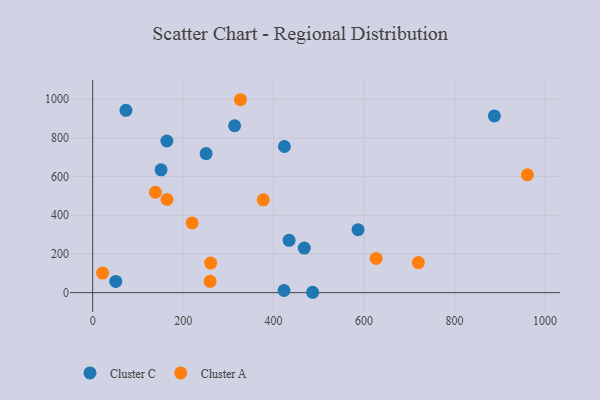
{"axis": {"x": "Ad Spend", "y": "Sales"}, "legend": ["Cluster A", "Cluster C"], "data": [{"x": "423.9", "y": 755.5, "type": "Cluster C"}, {"x": "888.1", "y": 913.8, "type": "Cluster C"}, {"x": "250.8", "y": 719.1, "type": "Cluster C"}, {"x": "51.1", "y": 58.1, "type": "Cluster C"}, {"x": "313.8", "y": 862.8, "type": "Cluster C"}, {"x": "467.8", "y": 230.6, "type": "Cluster C"}, {"x": "486.3", "y": 1.9, "type": "Cluster C"}, {"x": "423.0", "y": 11.0, "type": "Cluster C"}, {"x": "434.3", "y": 270.6, "type": "Cluster C"}, {"x": "151.2", "y": 634.7, "type": "Cluster C"}, {"x": "164.0", "y": 783.8, "type": "Cluster C"}, {"x": "586.7", "y": 325.4, "type": "Cluster C"}, {"x": "73.6", "y": 942.6, "type": "Cluster C"}, {"x": "164.3", "y": 481.4, "type": "Cluster A"}, {"x": "260.9", "y": 152.8, "type": "Cluster A"}, {"x": "377.2", "y": 479.6, "type": "Cluster A"}, {"x": "720.1", "y": 155.2, "type": "Cluster A"}, {"x": "138.7", "y": 519.1, "type": "Cluster A"}, {"x": "22.0", "y": 101.2, "type": "Cluster A"}, {"x": "626.7", "y": 177.0, "type": "Cluster A"}, {"x": "961.1", "y": 609.5, "type": "Cluster A"}, {"x": "219.9", "y": 360.5, "type": "Cluster A"}, {"x": "259.7", "y": 58.7, "type": "Cluster A"}, {"x": "326.7", "y": 997.3, "type": "Cluster A"}]}